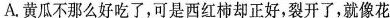
A.黄瓜不那么好吃了，可是西红柿却正好，裂开了，就像花